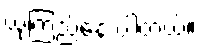
ယုံကြည်နေ ပါတယ်။